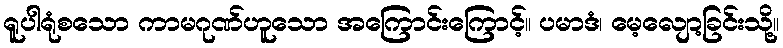
ရူပါရုံစသော ကာမဂုဏ်ဟူသော အကြောင်းကြောင့်။ ပမာဒံ၊ မေ့လျော့ခြင်းသို့။